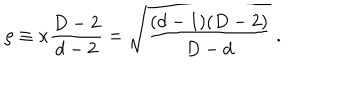
LaTeX: \rho \equiv \kappa { \frac { D - 2 } { d - 2 } } = \sqrt { \frac { ( d - 1 ) ( D - 2 ) } { D - d } } ~ .